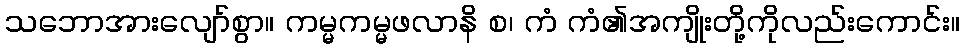
သဘောအားလျော်စွာ။ ကမ္မကမ္မဖလာနိ စ၊ ကံ ကံ၏အကျိုးတို့ကိုလည်းကောင်း။